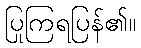
ပြုကြရပြန်၏။